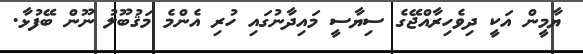
ޔާމީން އަކީ ދިވެހިރާއްޖޭގެ ސިޔާސީ މައިދާނުގައި ހުރި އެންމެ މަޤުބޫލު ނޫން ބޭފުޅާ.